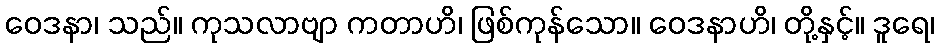
ဝေဒနာ၊ သည်။ ကုသလာဗျာ ကတာဟိ၊ ဖြစ်ကုန်သော။ ဝေဒနာဟိ၊ တို့နှင့်။ ဒူရေ၊